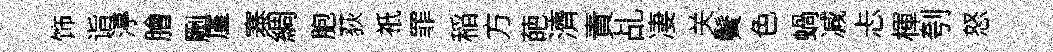
饰诣渟膾劂厪寨綢胞荻祇罪稲方葩濟責乩凄关鬢色蝸减忐楎刳怒